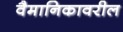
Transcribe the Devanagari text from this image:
वैमानिकावरील